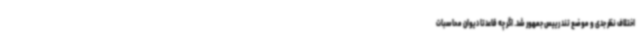
اختلاف نظر جدی و موضع تند رییس جمهور شد. اگر چه قاعدتا دیوان محاسبات